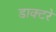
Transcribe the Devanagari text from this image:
डाक्टरे